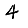
Digit: 4